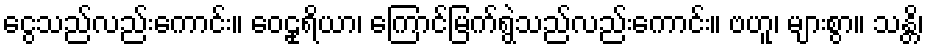
ငွေသည်လည်းကောင်း။ ဝေဠုရိယာ၊ ကြောင်မြက်ရွဲသည်လည်းကောင်း။ ဗဟူ၊ များစွာ။ သန္တိ၊